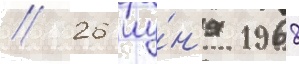
// 26 иу́н'я 1968